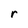
Character: r